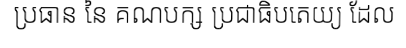
ប្រធាន នៃ គណបក្ស ប្រជាធិបតេយ្យ ដែល